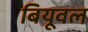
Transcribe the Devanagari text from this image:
बियूवल